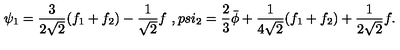
\psi _ { 1 } = \frac { 3 } { 2 \sqrt { 2 } } ( f _ { 1 } + f _ { 2 } ) - \frac { 1 } { \sqrt { 2 } } f \ , p s i _ { 2 } = \frac { 2 } { 3 } \bar { \phi } + \frac { 1 } { 4 \sqrt { 2 } } ( f _ { 1 } + f _ { 2 } ) + \frac { 1 } { 2 \sqrt { 2 } } f .